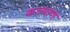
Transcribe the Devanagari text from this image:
कल्याणं